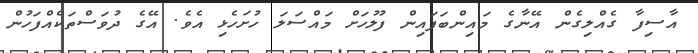
އާސިފާ ގެއްލިގެން އޭނާގެ މައިންބަފައިން ފުލުހަށް މައްސަލަ ހުށަހެޅި އެވެ. އޭގެ ދުވަސްތަކެއްފަހުން